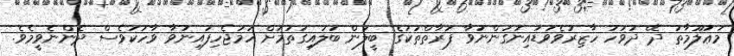
މަޢުލޫމާތު ދޭ ދުވަހު ހާޒިރުވެވަޑައިނުގަންނަވާ ފަރާތްތަކުގެ ބީލަން ބަލައިގަތުމަށް ހަމަޖެހިފައިނުވާ ވާހަކަވެސް ދެންނެވީމެވެ.